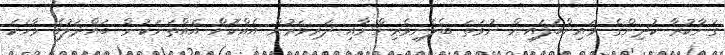
ގަނާކުރާ ކުދިންގެ މައިންބަފައިން ނުވަތަ ބެލެނިވެރިންނާއި ދަރިވަރުން އެއްކޮށް އެއްތަނަކުން ބައްދަލުވެ ވާހަކަ